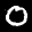
Label: 0